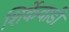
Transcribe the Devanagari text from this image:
शिर्केवाडी